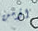
اؤمن